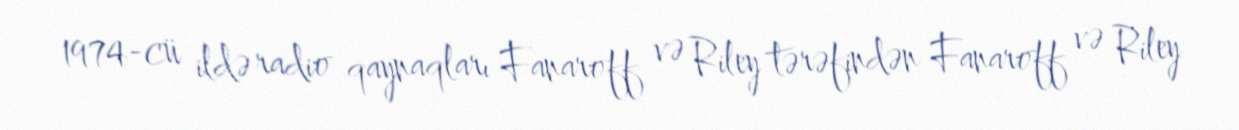
1974-cü ildə radio qaynaqları Fanaroff və Riley tərəfindən Fanaroff və Riley